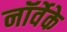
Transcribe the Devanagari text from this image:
नॉर्वेके